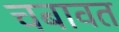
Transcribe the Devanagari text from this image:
चबावत